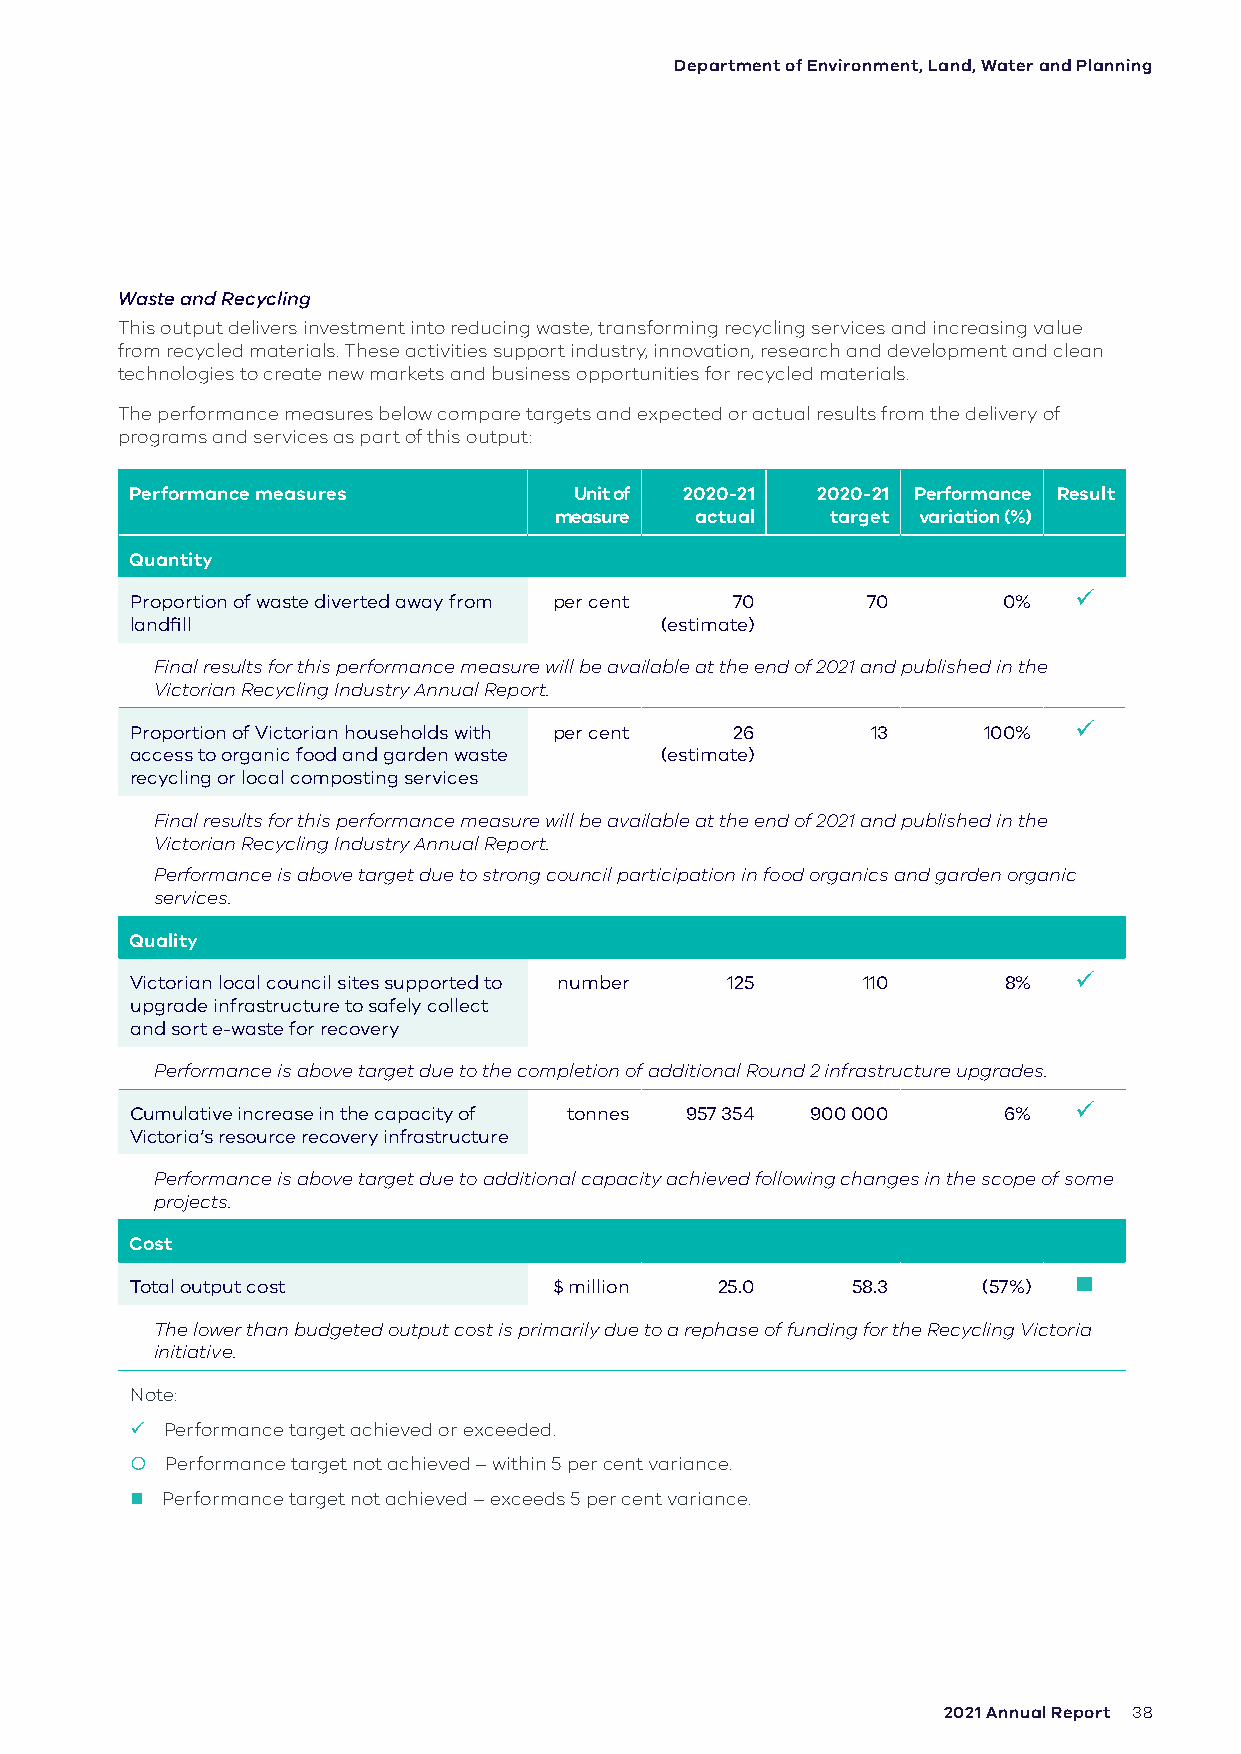
Department of Environment, Land, Water and Planning
 Waste and Recycling
 This output delivers investment into reducing waste, transforming recycling services and increasing value
 from recycled materials. These activities support industry, innovation, research and development and clean
 technologies to create new markets and business opportunities for recycled materials.
 The performance measures below compare targets and expected or actual results from the delivery of
 programs and services as part of this output:
 Performance measures         Unit of 2020-21 2020-21 Performance Result
 measure  actual   target variation (%)
 Quantity
 Proportion of waste diverted away from per cent 70 70    0%   
 landfill                           (estimate)
 Final results for this performance measure will be available at the end of 2021 and published in the
 Victorian Recycling Industry Annual Report.
 Proportion of Victorian households with per cent 26 13  100%  
 access to organic food and garden waste (estimate)
 recycling or local composting services
 Final results for this performance measure will be available at the end of 2021 and published in the
 Victorian Recycling Industry Annual Report.
 Performance is above target due to strong council participation in food organics and garden organic
 services.
 Quality
 Victorian local council sites supported to number 125 110 8%  
 upgrade infrastructure to safely collect
 and sort e-waste for recovery
 Performance is above target due to the completion of additional Round 2 infrastructure upgrades.
 Cumulative increase in the capacity of tonnes 957 354 900 000 6% 
 Victoria’s resource recovery infrastructure
 Performance is above target due to additional capacity achieved following changes in the scope of some
 projects.
 Cost
 Total output cost           $ million  25.0    58.3     (57%) 
 The lower than budgeted output cost is primarily due to a rephase of funding for the Recycling Victoria
 initiative.
 Note:
  Performance target achieved or exceeded.
  Performance target not achieved – within 5 per cent variance.
  Performance target not achieved – exceeds 5 per cent variance.
 2021 Annual Report 38